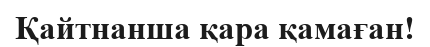
Қайтнанша қара қамаған!